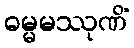
ဓမ္မမဿုဏိံ